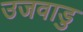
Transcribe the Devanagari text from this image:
उजवाडु